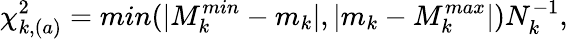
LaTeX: \chi_{k,(a)}^{2}=min(\vert M_{k}^{min}-m_{k}\vert,\vert m_{k}-M_{k}^{max}\vert)N_{k}^{-1},